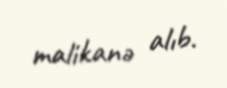
malikanə alıb.